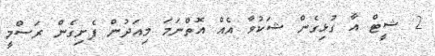
2 ޝީޓް އާ ގުޅިގެން ޝަކުވާ އެއް އޮތްނަމަ މިއަދުން ފެށިގެން ރަސްމީ